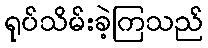
ရုပ်သိမ်းခဲ့ကြသည်